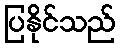
ပြနိုင်သည်